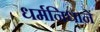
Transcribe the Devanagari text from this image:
धर्मनिधानें